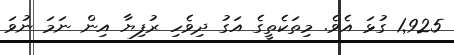
1